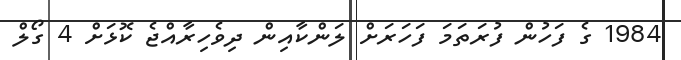
1984 ގެ ފަހުން ފުރަތަމަ ފަހަރަށް ލަންކާއިން ދިވެހިރާއްޖެ ކޮޅަށް 4 ގޯލް